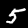
Digit: 5